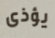
يؤذى